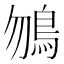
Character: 𩾲